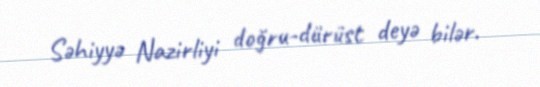
Səhiyyə Nazirliyi doğru-dürüst deyə bilər.